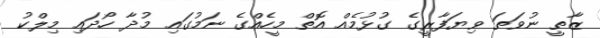
ޒާތީ ނުވަތަ ވިޔަފާރީގެ ގުޅުމެއް އޮތް މީހެއްގެ ނަމުގައި މުދާ ހޯދައި މިލްކު